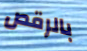
بالرقص